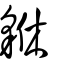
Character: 貅